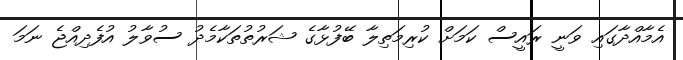
އެމާއްދާގައި ވަނީ ރައީސް ކަމަށް ކުރިމަތިލާ ބޭފުޅާގެ ޝަރުތުތަކާމެދު ސުވާލު އުފެދިއްޖެ ނަމަ